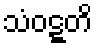
သံဝဋ္ဋတိ